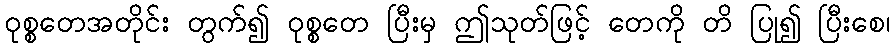
ဝုစ္စတေအတိုင်း တွက်၍ ဝုစ္စတေ ပြီးမှ ဤသုတ်ဖြင့် တေကို တိ ပြု၍ ပြီးစေ၊